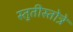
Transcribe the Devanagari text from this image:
स्तुतीस्तोत्रे